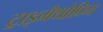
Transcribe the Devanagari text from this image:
ट्राइमैथोप्रिम